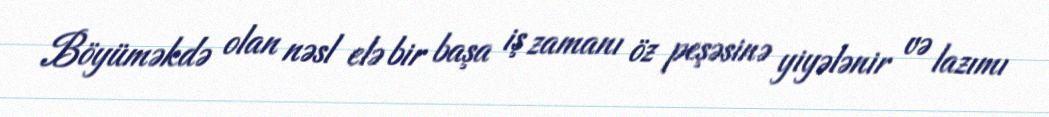
Böyüməkdə olan nəsl elə bir başa iş zamanı öz peşəsinə yiyələnir və lazımı